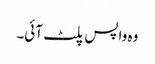
وہ واپس پلٹ آئی۔